Vaccine operations Central Provinces & Berar 1922-1929 - 1922-1929
Year: 1922
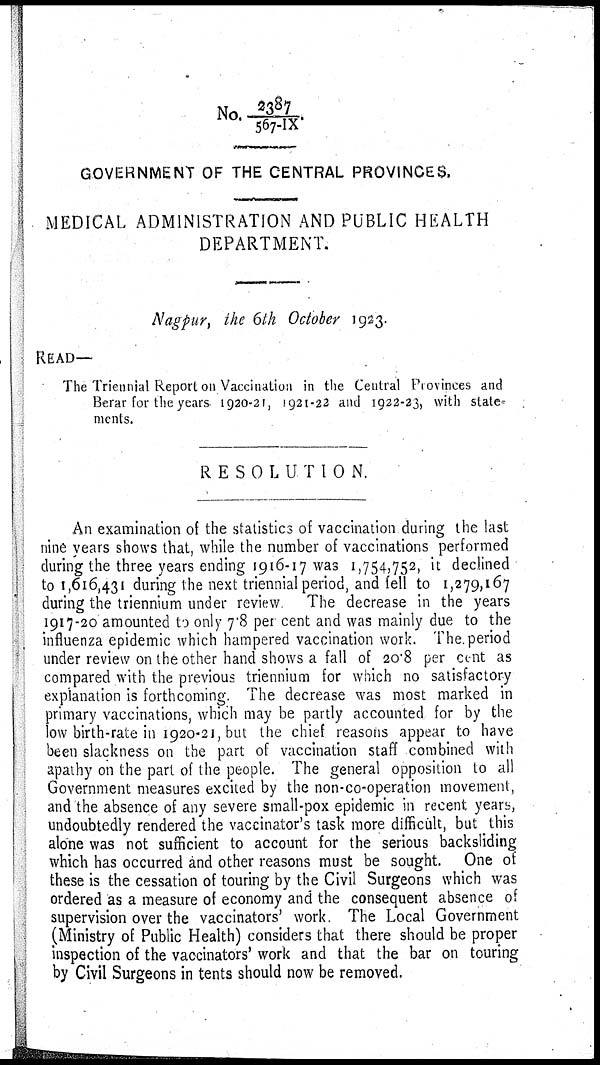
No. 2387/567-IX
GOVERNMENT OF THE CENTRAL PROVINCES,
MEDICAL ADMINISTRATION AND PUBLIC HEALTH
DEPARTMENT.
Nagpur, the 6th October 1923.
READ—
The Triennial Report on Vaccination in the Central Provinces and
Berar for the years 1920-21, 1921-22 and 1922-23, with state¬
ments.
RESOLUTION.
An examination of the statistics of vaccination during the last
nine years shows that, while the number of vaccinations performed
during the three years ending 1916-17 was 1,754,752, it declined
to 1,616,431 during the next triennial period, and fell to 1,279,167
during the triennium under review
The decrease in the years
1917-20 amounted to only 7.8 per cent and was mainly due to the
influenza epidemic which hampered vaccination work. The period
under review on the other hand shows a fall of 20.8 per cent as
compared with the previous triennium for which no satisfactory
explanation is forthcoming. The decrease was most marked in
primary vaccinations, which may be partly accounted for by the
low birth-rate in 1920-21, but the chief reasons appear to have
been slackness on the part of vaccination staff combined with
apathy on the part of the people. The general opposition to all
Government measures excited by the non-co-operation movement,
and the absence of any severe small-pox epidemic in recent years,
undoubtedly rendered the vaccinator's task more difficult, but this
alone was not sufficient to account for the serious backsliding
which has occurred and other reasons must be sought. One of
these is the cessation of touring by the Civil Surgeons which was
ordered as a measure of economy and the consequent absence of
supervision over the vaccinators' work. The Local Government
(Ministry of Public Health) considers that there should be proper
inspection of the vaccinators' work and that the bar on touring
by Civil Surgeons in tents should now be removed.